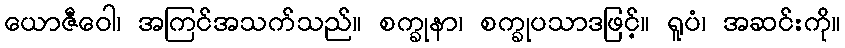
ယောဇီဝေါ၊ အကြင်အသက်သည်။ စက္ခုနာ၊ စက္ခုပသာဒဖြင့်။ ရူပံ၊ အဆင်းကို။